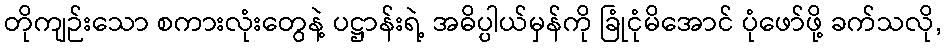
တိုကျဉ်းသော စကားလုံးတွေနဲ့ ပဋ္ဌာန်းရဲ့ အဓိပ္ပါယ်မှန်ကို ခြုံငုံမိအောင် ပုံဖော်ဖို့ ခက်သလို,